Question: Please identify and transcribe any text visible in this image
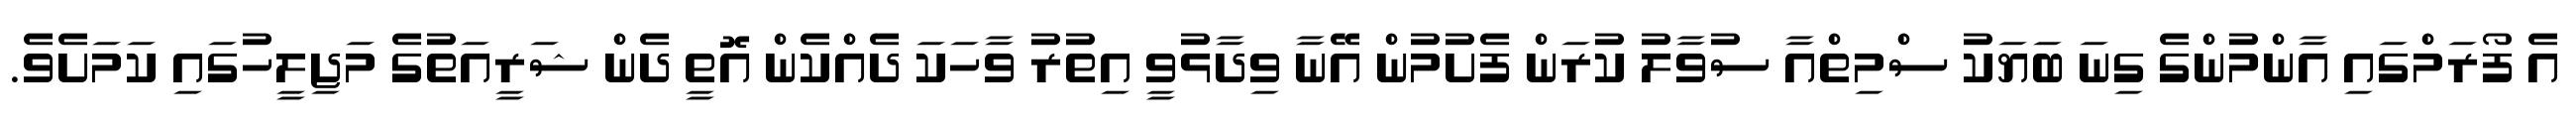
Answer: އެ ފޯރަމްގައި އާންމުންގެ ގިނަ ބަޔަކު ސްމިތްއާ ސުވާލު ކުރަން ފެށުމުން އޭނާ ވިދާޅުވީ އިތުރު ވާހަކަ ދެއްކެން އޮތީ ދެން ޝަރީއަތުގެ މަޖިލީހުގައި ކަމަށެވެ.